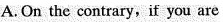
A.On the contrary,if you are